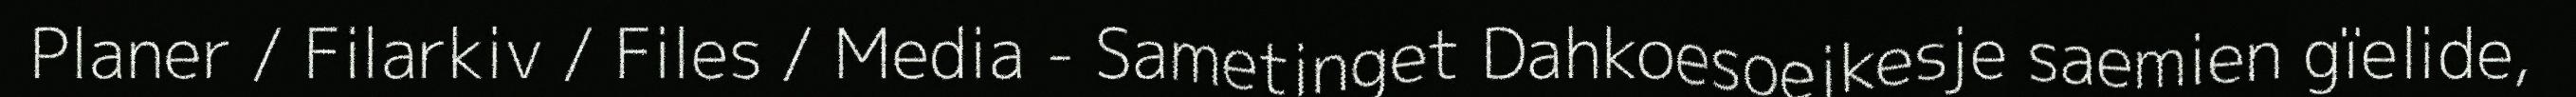
Planer / Filarkiv / Files / Media - Sametinget Dahkoesoejkesje saemien gïelide,